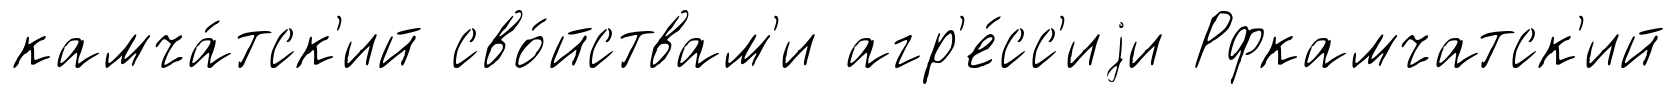
камча́тск'ий сво́йствам'и агр'е́сс'иjи Рфкамчатск'ий